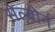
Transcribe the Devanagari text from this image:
सेल्बोर्न